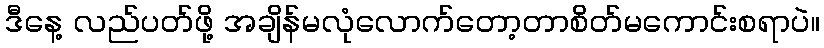
ဒီနေ့ လည်ပတ်ဖို့ အချိန်မလုံလောက်တော့တာစိတ်မကောင်းစရာပဲ။